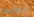
الطبعة